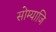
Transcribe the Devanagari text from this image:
सोम्याजि